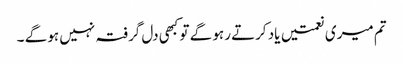
تم میری نعمتیں یاد کرتے رہو گے تو کبھی دل گرفتہ نہیں ہو گے ۔